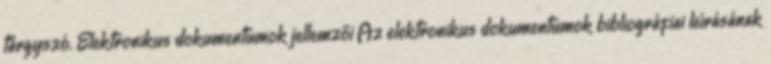
tárgyszó. Elektronikus dokumentumok jellemzői Az elektronikus dokumentumok bibliográfiai leírásának